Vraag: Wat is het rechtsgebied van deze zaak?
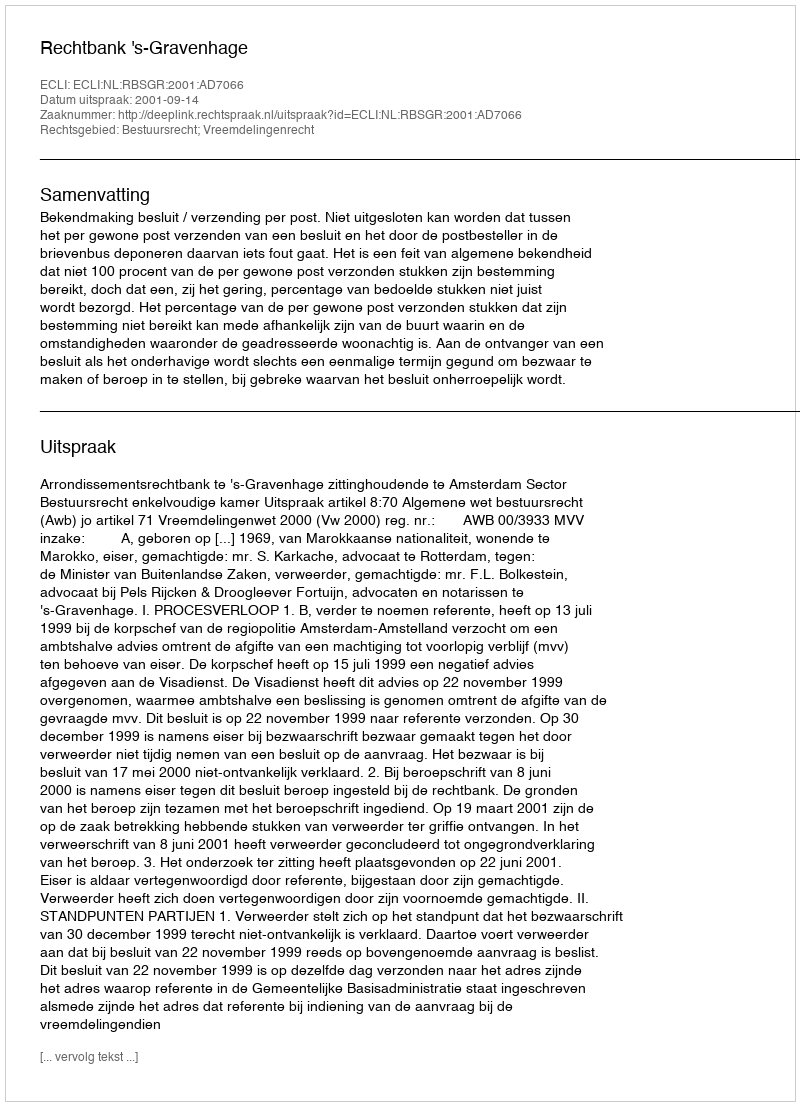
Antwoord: Bestuursrecht; Vreemdelingenrecht